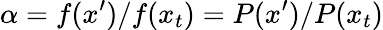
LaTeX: \alpha=f(x^{\prime})/f(x_{t})=P(x^{\prime})/P(x_{t})